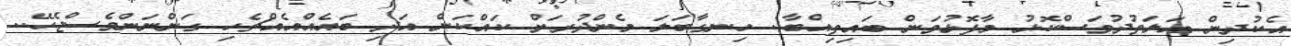
އެކުދިން އަލަތުދުވަސްކޮޅު މާފޮޅުވަން ބައިތިއްބާ.. ހިނގާބަލަ މެންދުރަށް ކައްކަން އަދި ބައެއްއެއްޗެހި ގަންނަންވެސްޖެހޭ..